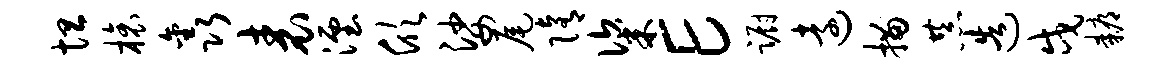
坦榱鑫表湮欣娑尾隋粢E蹰远描恭造戍耨